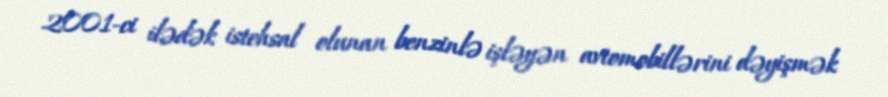
2001-ci ilədək istehsal olunan benzinlə işləyən avtomobillərini dəyişmək